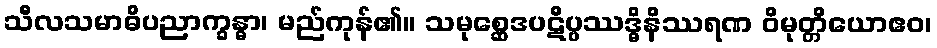
သီလသမာဓိပညာက္ခန္ဓာ၊ မည်ကုန်၏။ သမုစ္ဆေဒပဋိပ္ပဿဒ္ဓိနိဿရဏ ဝိမုတ္တိယောဧဝ၊